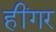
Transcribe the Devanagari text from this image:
हींगर